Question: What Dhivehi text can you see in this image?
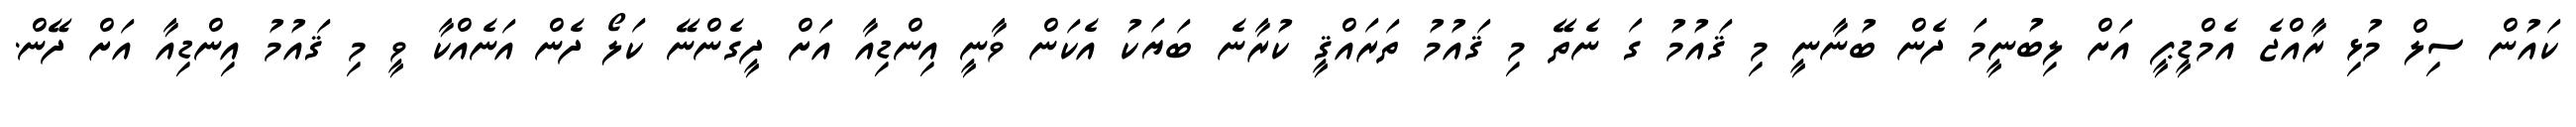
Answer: ކައުން ސިލް މުޅި ރާއްޖެ އެމްޑީޕީ އަށް ލިބުނީމަ ދެން ބުނާނީ މި ޤައުމު ގަ ނެތޭ މި ޤައުމު ތަރައްޤީ ކުރާނެ ބަޔަކު އެކަން ވާނީ އިންޑިއާ އަށް ދީގެންނޭ ކަލޯ ދެން އަނެއްކާ ވީ މި ޤައުމު އިންޑިއާ އަށް ދޭން.